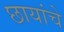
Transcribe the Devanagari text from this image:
छायांचे